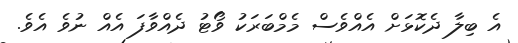
އެ ބިލާ ދެކޮޅަށް އެއްވެސް މެމްބަރަކު ވޯޓު ދެއްވާފަ އެއް ނުވެ އެވެ.